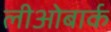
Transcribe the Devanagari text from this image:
लीओबार्क